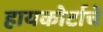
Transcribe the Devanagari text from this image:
हायकोर्टाचे